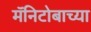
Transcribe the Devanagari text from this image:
मॅनिटोबाच्या